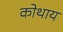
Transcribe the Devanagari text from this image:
कोथाय